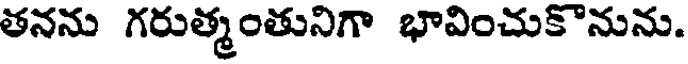
తనను గరుత్మంతునిగా భావించుకొనును.